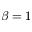
\beta = 1